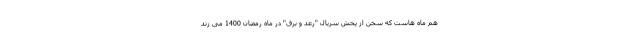
هم ماه هاست که سخن از پخش سریال "رعد و برق" در ماه رمضان 1400 می زند